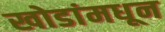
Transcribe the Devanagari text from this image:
खोडांमधून